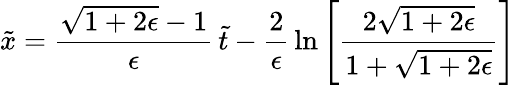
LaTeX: \tilde{x}={\frac{\sqrt{1+2\epsilon}-1}{\epsilon}}\, \tilde{t}-{\frac{2}{\epsilon}}\, \mathrm{ln}\left[{\frac{2\sqrt{1+2\epsilon}}{1+\sqrt{1+2\epsilon}}}\right]